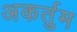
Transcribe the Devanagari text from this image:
अकर्तुम